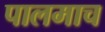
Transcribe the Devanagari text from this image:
पालमाच